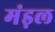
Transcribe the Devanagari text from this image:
मंड़ल